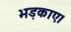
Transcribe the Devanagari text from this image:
भड़काए।